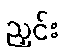
ညှင်း